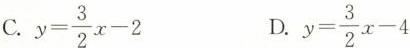
C. $$y = \frac { 3 } { 2 } x - 2$$ D. $$y = \frac { 3 } { 2 } x - 4$$